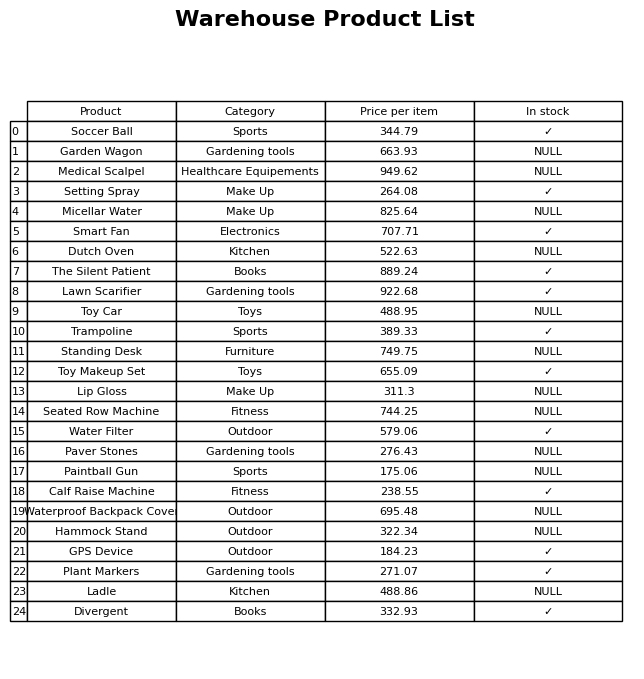
question: Is the Setting Spray in stock?
answer: ✓